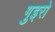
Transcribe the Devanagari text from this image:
गुइरो